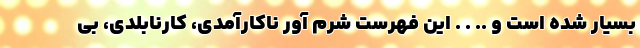
بسیار شده است و .. . . این فهرست شرم آور ناکارآمدی، کارنابلدی، بی